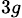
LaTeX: _{3g}